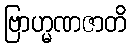
ဗြာဟ္မဏဇာတိ